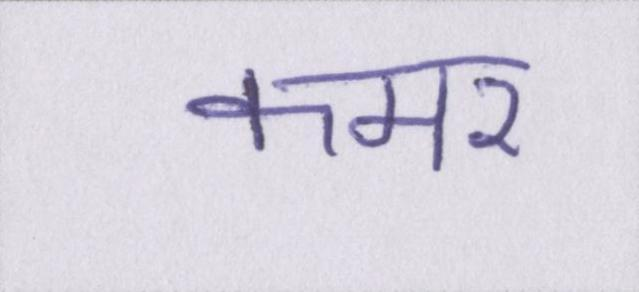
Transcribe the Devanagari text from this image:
कमर